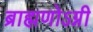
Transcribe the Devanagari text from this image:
ब्राह्मणोऽग्नी